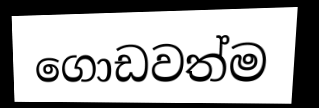
ගොඩවත්ම